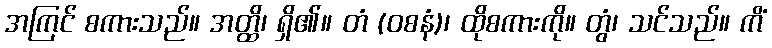
အကြင် စကားသည်။ အတ္ထိ၊ ရှိ၏။ တံ (ဝစနံ)၊ ထိုစကားကို။ တွံ၊ သင်သည်။ ကိံ